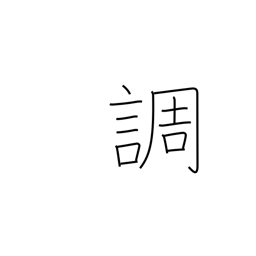
Meaning: tune